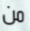
من